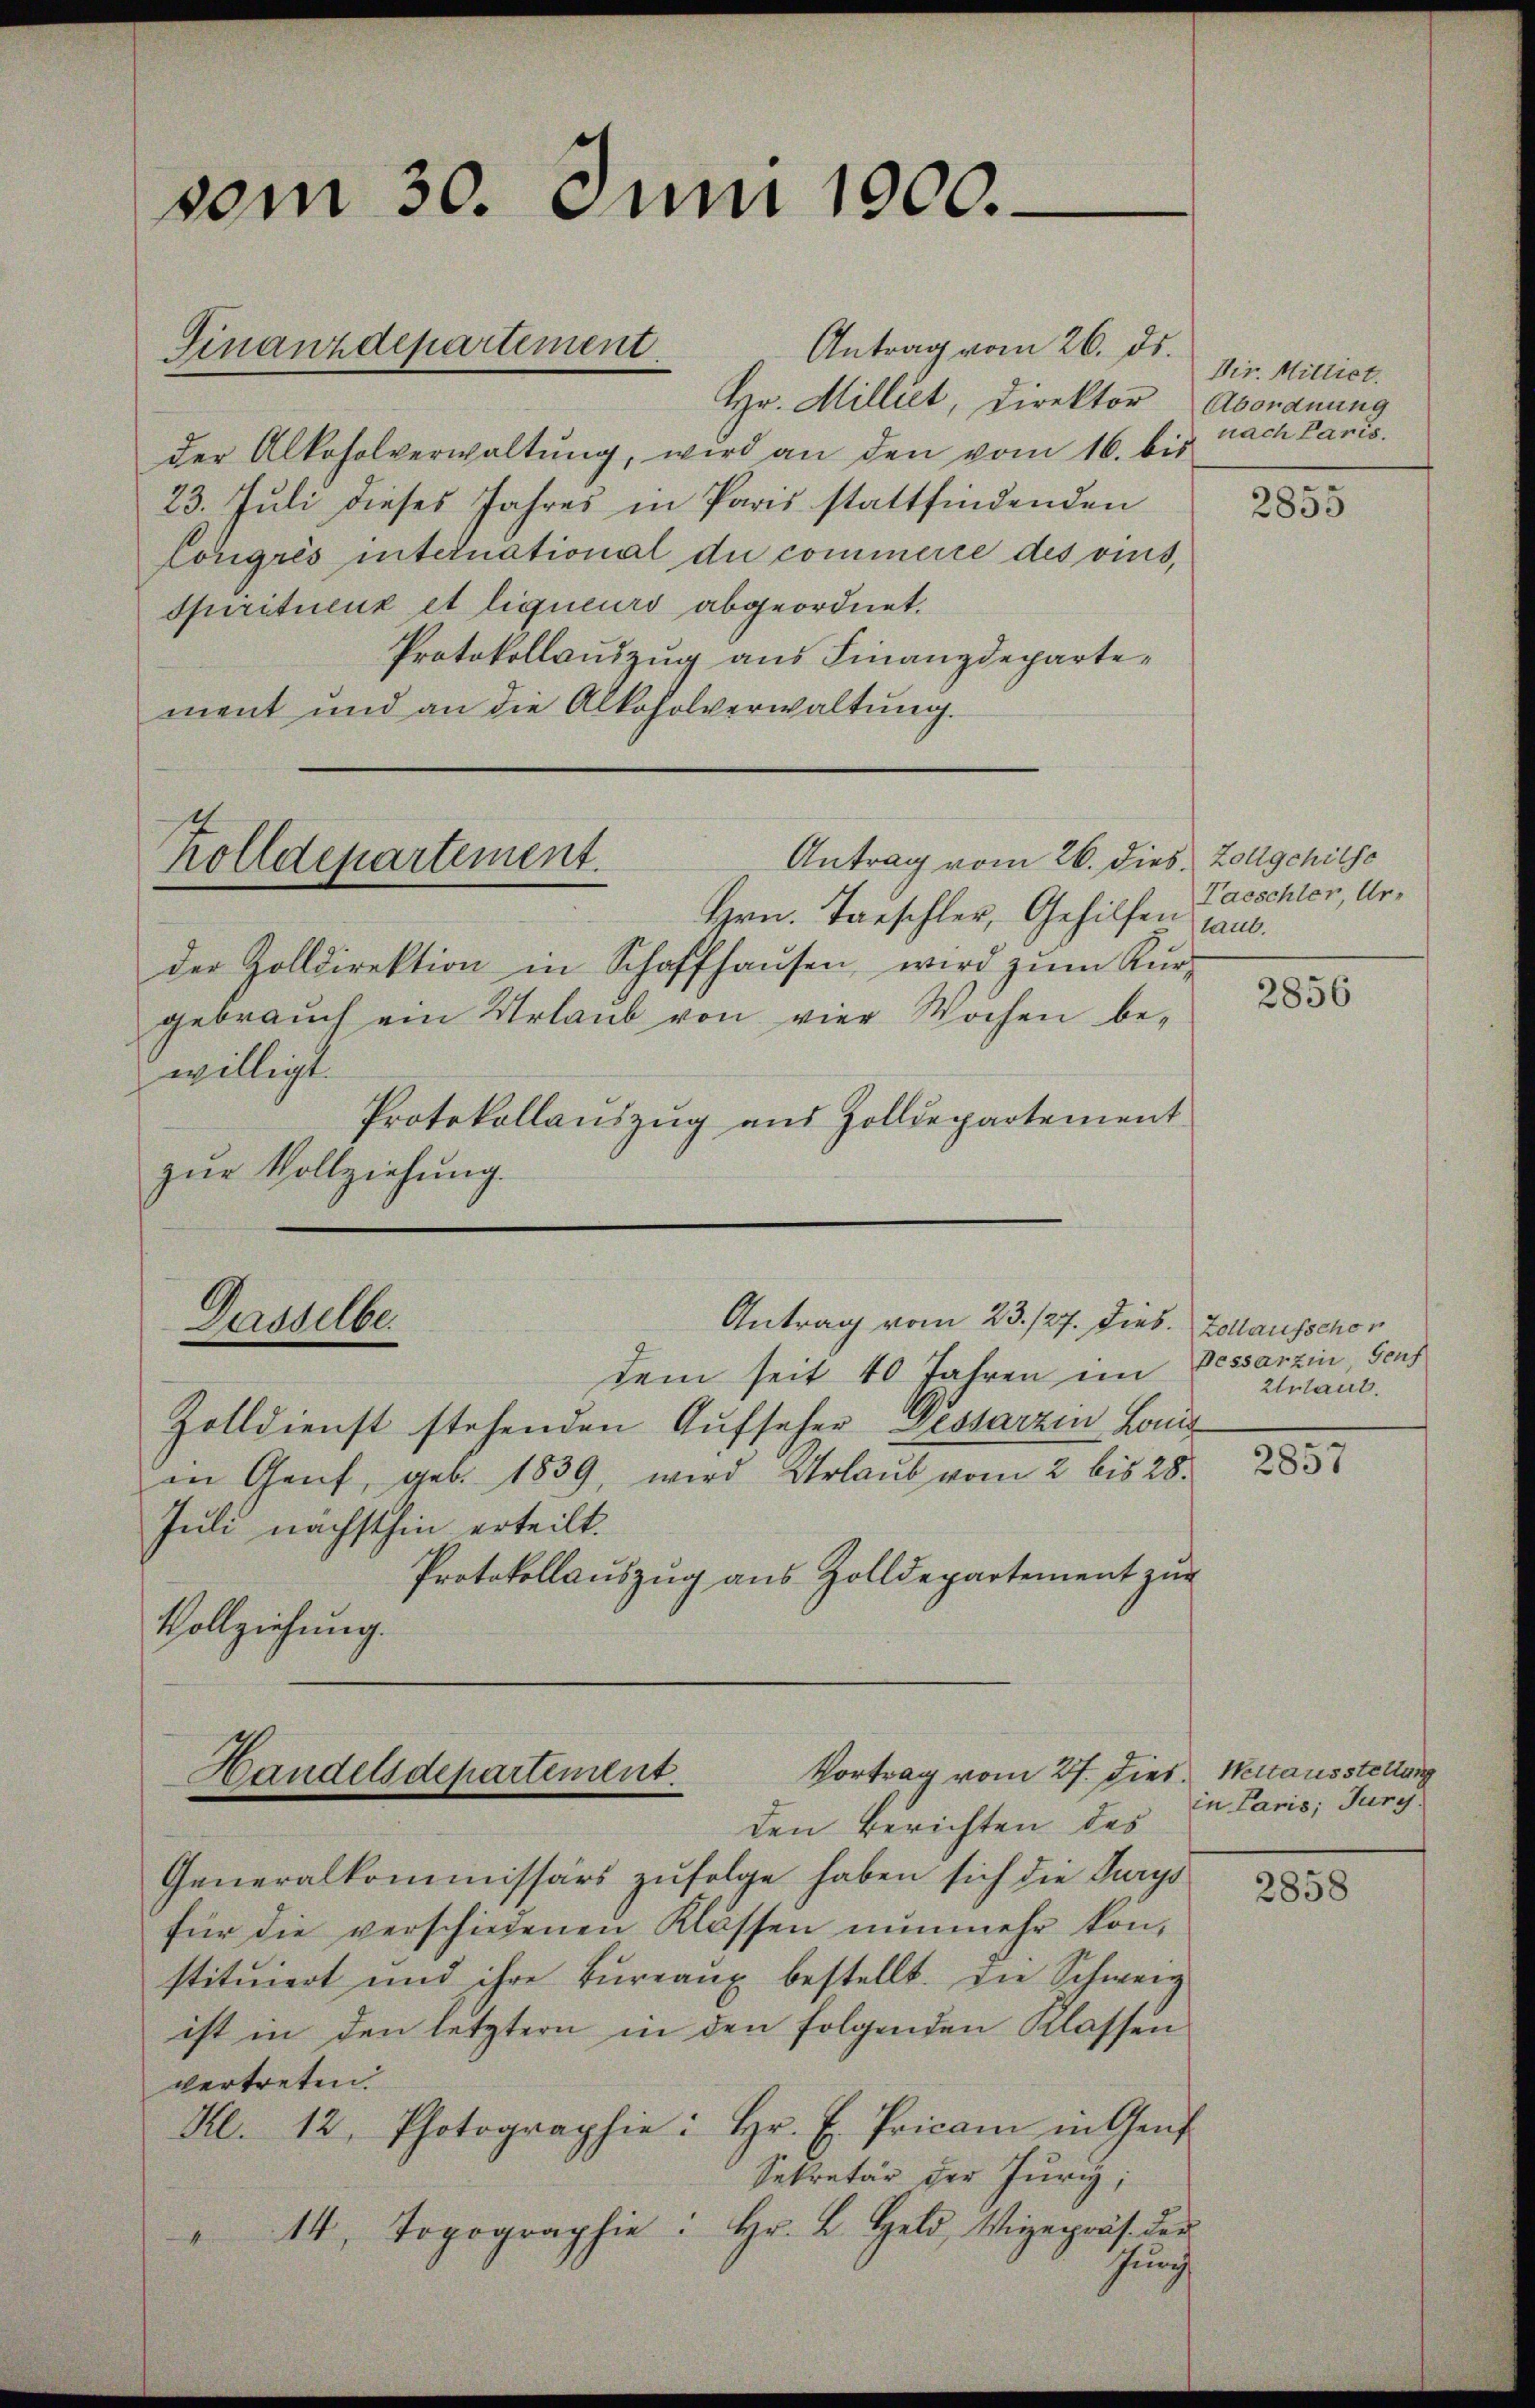
vom 30. Juni 1900.

Finanzdepartement

Antrag vom 26. ds.
Hr. Milliet, Direktor Abordnung
der Alkoholverwaltŭng, wird an den vom 16. bis
23. Juli dieses Jahres in Paris stattfindenden
Longrés international du commerce des vins,
Spiritueux et liqueurs abgeordnet.
Protokollauszug aus Finanzdepartement und an die Alkoholverwaltung.
Antrag vom 26. dies Zollgchilse
Zolldepartement.
Hern. Tauschler, Gehilfen haus.
der Zolldirektion in Schaffhausen, wird zŭm Kur-
gebrauch ein Urlaub von vier Wochen bewilligt.
Protokollauszug aus Zolldepartement
zur Vollziehung.

dem seit 40 Jahren im Besserzin, Senf
Zolldienst stehenden Aufseher Gestarzen Lond
in Genf, geb. 1839, wird Urlaub vom 2 bis 28.
Juli nächsthin erteilt.
Protokollauszug aus Zolldepartement zur
Vollziehung.
Generalkommissärs zufolge haben sich die Jurys
für die verschiedenen Klassen nunmehr konstituiert und ihre Büreaux bestellt. Die Schweiz
ist in den letztern in den folgenden Klassen
vertreten.
Kl. 12. Photographie: hr. E. Pricam in Genf
Sekretär der Jury,
14. Topographie. Hr. L. Geld, Vizepräs. der
4
Jung

Antrag vom 23. 127. Dies. Zollausschon
Dasselbe.

Vortrag vom 27. Dies. Weltausstellung
Handelsdepartement.
den Berichten des

Dir. Mittiet.
nach Paris.

2855

Taeschler, Ur-

2856

Erlaut.

2857

in Paris; Jury.

2858